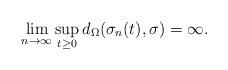
LaTeX: \begin{align*}\lim_{n \rightarrow \infty} \sup_{t \geq 0} d_{\Omega}(\sigma_n(t), \sigma) = \infty.\end{align*}